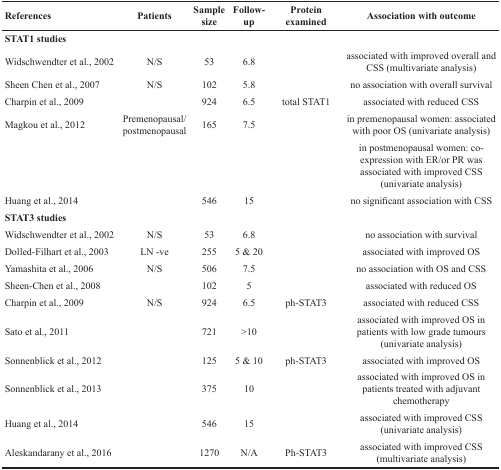
<table><thead><tr><td><b>References</b></td><td><b>Patients</b></td><td><b>Sample size</b></td><td><b>Follow-up</b></td><td><b>Protein examined</b></td><td><b>Association with outcome</b></td></tr></thead><tbody><tr><td colspan="6"><b>STAT1 studies</b></td></tr><tr><td>Widschwendter et al., 2002</td><td>N/S</td><td>53</td><td>6.8</td><td>[EMPTY_CELL]</td><td>associated with improved overall and CSS (multivariate analysis)</td></tr><tr><td>Sheen Chen et al., 2007</td><td>N/S</td><td>102</td><td>5.8</td><td>[EMPTY_CELL]</td><td>no association with overall survival</td></tr><tr><td>Charpin et al., 2009</td><td>[EMPTY_CELL]</td><td>924</td><td>6.5</td><td>total STAT1</td><td>associated with reduced CSS</td></tr><tr><td>Magkou et al., 2012</td><td>Premenopausal/postmenopausal</td><td>165</td><td>7.5</td><td>[EMPTY_CELL]</td><td>in premenopausal women: associated with poor OS (univariate analysis)</td></tr><tr><td>[EMPTY_CELL]</td><td>[EMPTY_CELL]</td><td>[EMPTY_CELL]</td><td>[EMPTY_CELL]</td><td>[EMPTY_CELL]</td><td>in postmenopausal women: co-expression with ER/or PR was associated with improved CSS (univariate analysis)</td></tr><tr><td>Huang et al., 2014</td><td>[EMPTY_CELL]</td><td>546</td><td>15</td><td>[EMPTY_CELL]</td><td>no significant association with CSS</td></tr><tr><td colspan="6"><b>STAT3 studies</b></td></tr><tr><td>Widschwendter et al., 2002</td><td>N/S</td><td>53</td><td>6.8</td><td>[EMPTY_CELL]</td><td>no association with survival</td></tr><tr><td>Dolled-Filhart et al., 2003</td><td>LN -ve</td><td>255</td><td>5 &amp; 20</td><td>[EMPTY_CELL]</td><td>associated with improved OS</td></tr><tr><td>Yamashita et al., 2006</td><td>N/S</td><td>506</td><td>7.5</td><td>[EMPTY_CELL]</td><td>no association with OS and CSS</td></tr><tr><td>Sheen-Chen et al., 2008</td><td>[EMPTY_CELL]</td><td>102</td><td>5</td><td>[EMPTY_CELL]</td><td>associated with reduced OS</td></tr><tr><td>Charpin et al., 2009</td><td>N/S</td><td>924</td><td>6.5</td><td>ph-STAT3</td><td>associated with reduced CSS</td></tr><tr><td>Sato et al., 2011</td><td>[EMPTY_CELL]</td><td>721</td><td>&gt;10</td><td>[EMPTY_CELL]</td><td>associated with improved OS in patients with low grade tumours (univariate analysis)</td></tr><tr><td>Sonnenblick et al., 2012</td><td>[EMPTY_CELL]</td><td>125</td><td>5 &amp; 10</td><td>ph-STAT3</td><td>associated with improved OS</td></tr><tr><td>Sonnenblick et al., 2013</td><td>[EMPTY_CELL]</td><td>375</td><td>10</td><td>[EMPTY_CELL]</td><td>associated with improved OS in patients treated with adjuvant chemotherapy</td></tr><tr><td>Huang et al., 2014</td><td>[EMPTY_CELL]</td><td>546</td><td>15</td><td>[EMPTY_CELL]</td><td>associated with improved CSS (univariate analysis)</td></tr><tr><td>Aleskandarany et al., 2016</td><td>[EMPTY_CELL]</td><td>1270</td><td>N/A</td><td>Ph-STAT3</td><td>associated with improved CSS (multivariate analysis)</td></tr></tbody></table>